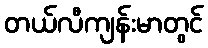
တယ်လီကျန်းမာတွင်